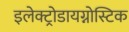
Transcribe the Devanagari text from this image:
इलेक्ट्रोडायग्नोस्टिक